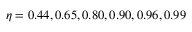
\eta = 0 . 4 4 , 0 . 6 5 , 0 . 8 0 , 0 . 9 0 , 0 . 9 6 , 0 . 9 9